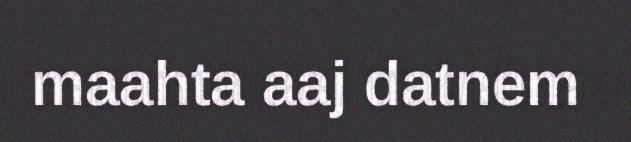
maahta aaj datnem